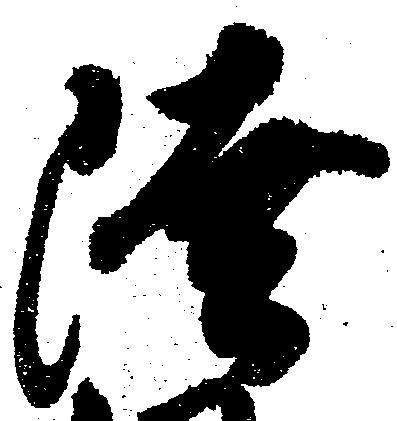
陸